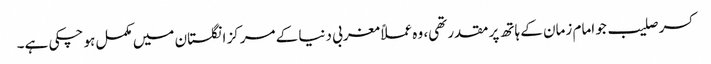
کسر صلیب جو امام زمان کے ہاتھ پر مقدر تھی، وہ عملاً مغربی دنیا کے مرکز انگلستان میں مکمل ہو چکی ہے۔